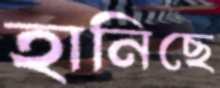
হানিছে